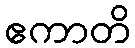
ဧကာတိ